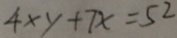
4 \times y + 7 x = 5 2